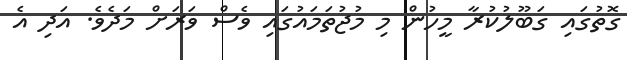
ގޮތުގައި ގަބޫލުކުރާ މީހުން މި މުޖުތަމައުގައި ވެސް ވަރަށް މަދެވެ. އަދި އެ